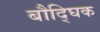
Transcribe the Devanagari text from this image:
बौद्घिक